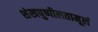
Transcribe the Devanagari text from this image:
शंखपुष्पीलतामूलं